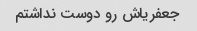
جعفریاش رو دوست نداشتم